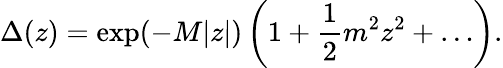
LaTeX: \Delta(z)=\exp(-M|z|)\left(1+{\frac{1}{2}}m^{2}z^{2}+\ldots\right).